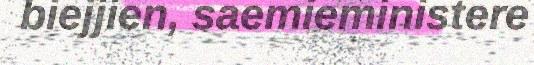
biejjien, saemieministere